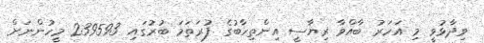
ވިދާޅުވީ މި އަހަރު ބާއްވާ ރިޔާސީ އިންތިހާބުގެ ފުރަތަމަ ބުރުގައި 239593 މީހުންނަށް